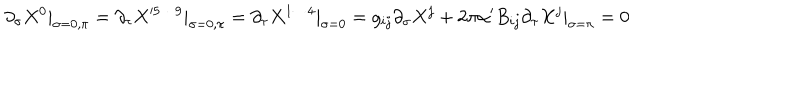
\partial _ { \sigma } X ^ { 0 } | _ { \sigma = 0 , \pi } = \partial _ { \tau } X ^ { 5 \cdots 9 } | _ { \sigma = 0 , \pi } = \partial _ { \tau } X ^ { 1 \cdots 4 } | _ { \sigma = 0 } = g _ { i j } \partial _ { \sigma } X ^ { j } + 2 \pi \alpha ^ { \prime } B _ { i j } \partial _ { \tau } X ^ { j } | _ { \sigma = \pi } = 0